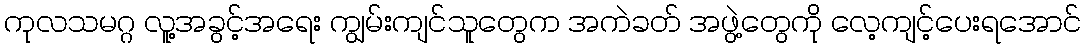
ကုလသမဂ္ဂ လူ့အခွင့်အရေး ကျွမ်းကျင်သူတွေက အကဲခတ် အဖွဲ့တွေကို လေ့ကျင့်ပေးရအောင်